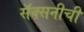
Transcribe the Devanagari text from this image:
सॅक्सनीची